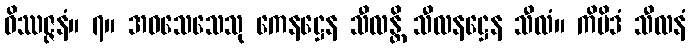
ဝိဿဇ္ဇနံ။ ၇။ အဝသေသေသု ကေနဋ္ဌေန သီလန္တိ သီလနဋ္ဌေန သီလံ။ ကိမိဒံ သီလနံ